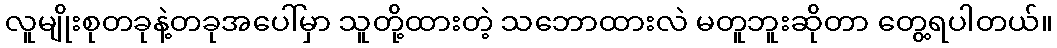
လူမျိုးစုတခုနဲ့တခုအပေါ်မှာ သူတို့ထားတဲ့ သဘောထားလဲ မတူဘူးဆိုတာ တွေ့ရပါတယ်။